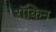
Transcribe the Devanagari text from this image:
रॉकिन